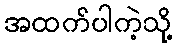
အထက်ပါကဲ့သို့